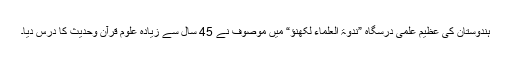
ہندوستان کی عظیم علمی درسگاہ ”ندوۃ العلماء لکھنؤ“ میں موصوف نے 45 سال سے زیادہ علوم قرآن وحدیث کا درس دیا۔